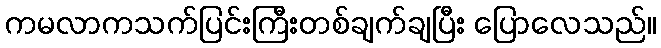
ကမလာကသက်ပြင်းကြီးတစ်ချက်ချပြီး ပြောလေသည်။